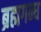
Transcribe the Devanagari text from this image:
ब्रह्मगन्ध